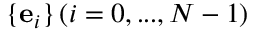
\{ { \mathbf { e } _ { i } } \} \, ( i = 0 , . . . , N - 1 )